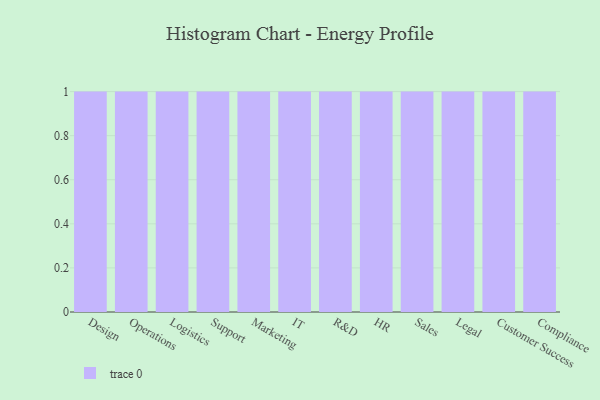
{"axis": {"x": "Department", "y": "Inventory Turnover"}, "legend": [""], "data": [{"x": "Design", "y": 61, "type": ""}, {"x": "Operations", "y": 3, "type": ""}, {"x": "Logistics", "y": 5, "type": ""}, {"x": "Support", "y": 15, "type": ""}, {"x": "Marketing", "y": 44, "type": ""}, {"x": "IT", "y": 6, "type": ""}, {"x": "R&D", "y": 3, "type": ""}, {"x": "HR", "y": 17, "type": ""}, {"x": "Sales", "y": 26, "type": ""}, {"x": "Legal", "y": 22, "type": ""}, {"x": "Customer Success", "y": 52, "type": ""}, {"x": "Compliance", "y": 37, "type": ""}]}